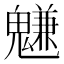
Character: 魐